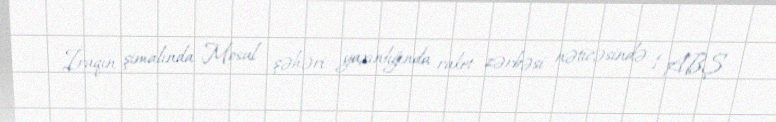
İraqın şimalında Mosul şəhəri yaxınlığında raket zərbəsi nəticəsində 1 ABŞ